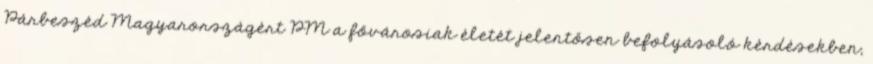
Párbeszéd Magyarországért PM a fővárosiak életét jelentősen befolyásoló kérdésekben,